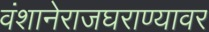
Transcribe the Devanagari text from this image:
वंशानेराजघराण्यावर